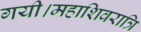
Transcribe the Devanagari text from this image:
गयी।महाशिवरात्रि